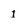
Character: 1